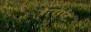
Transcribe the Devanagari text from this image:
गैरवबर्धन